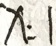
x : 1